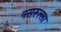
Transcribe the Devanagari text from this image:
नसरूल्ला